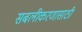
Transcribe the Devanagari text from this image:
सबलीकरणासाठी